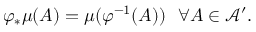
\begin{array} { r } { \varphi _ { * } \mu ( A ) = \mu ( \varphi ^ { - 1 } ( A ) ) ~ ~ \forall A \in \mathcal { A } ^ { \prime } . } \end{array}